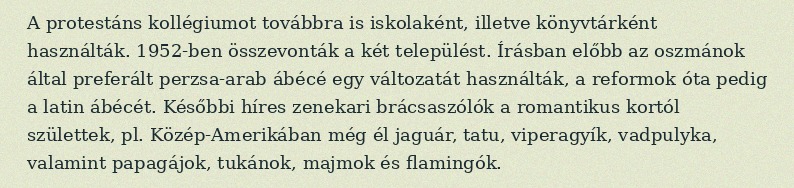
A protestáns kollégiumot továbbra is iskolaként, illetve könyvtárként használták. 1952-ben összevonták a két települést. Írásban előbb az oszmánok által preferált perzsa-arab ábécé egy változatát használták, a reformok óta pedig a latin ábécét. Későbbi híres zenekari brácsaszólók a romantikus kortól születtek, pl. Közép-Amerikában még él jaguár, tatu, viperagyík, vadpulyka, valamint papagájok, tukánok, majmok és flamingók.